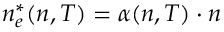
n _ { e } ^ { * } ( n , T ) = \alpha ( n , T ) \cdot n